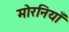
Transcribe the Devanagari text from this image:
मोरनियाँ